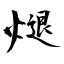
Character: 煺